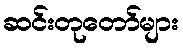
ဆင်းတုတော်များ